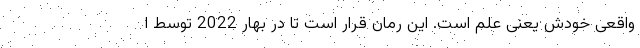
واقعی خودش یعنی علم است. این رمان قرار است تا در بهار 2022 توسط ا